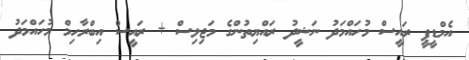
އެމްޑީޕީ ރައީސް މުހައްމަދު ނަޝީދު ރައްޔިތުންގެ މަޖިލިސް + ރައީސް އިބްރާހިމް މުހައްމަދު